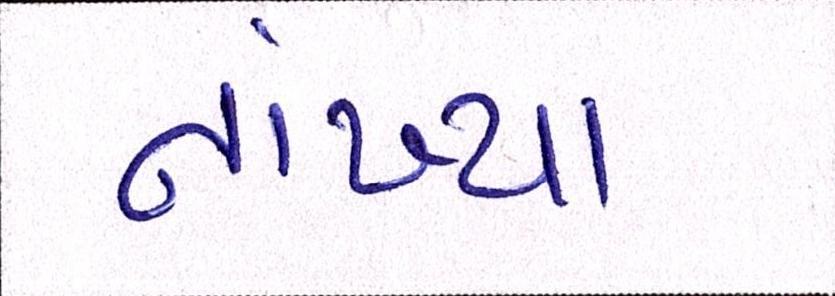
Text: નાંખ્યા